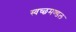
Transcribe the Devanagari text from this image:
स्‍वच्‍छमण्‍डल